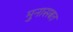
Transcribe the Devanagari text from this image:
मुनासबत